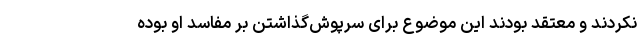
نکردند و معتقد بودند این موضوع برای سرپوش‌گذاشتن بر مفاسد او بوده